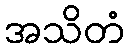
အသိတံ